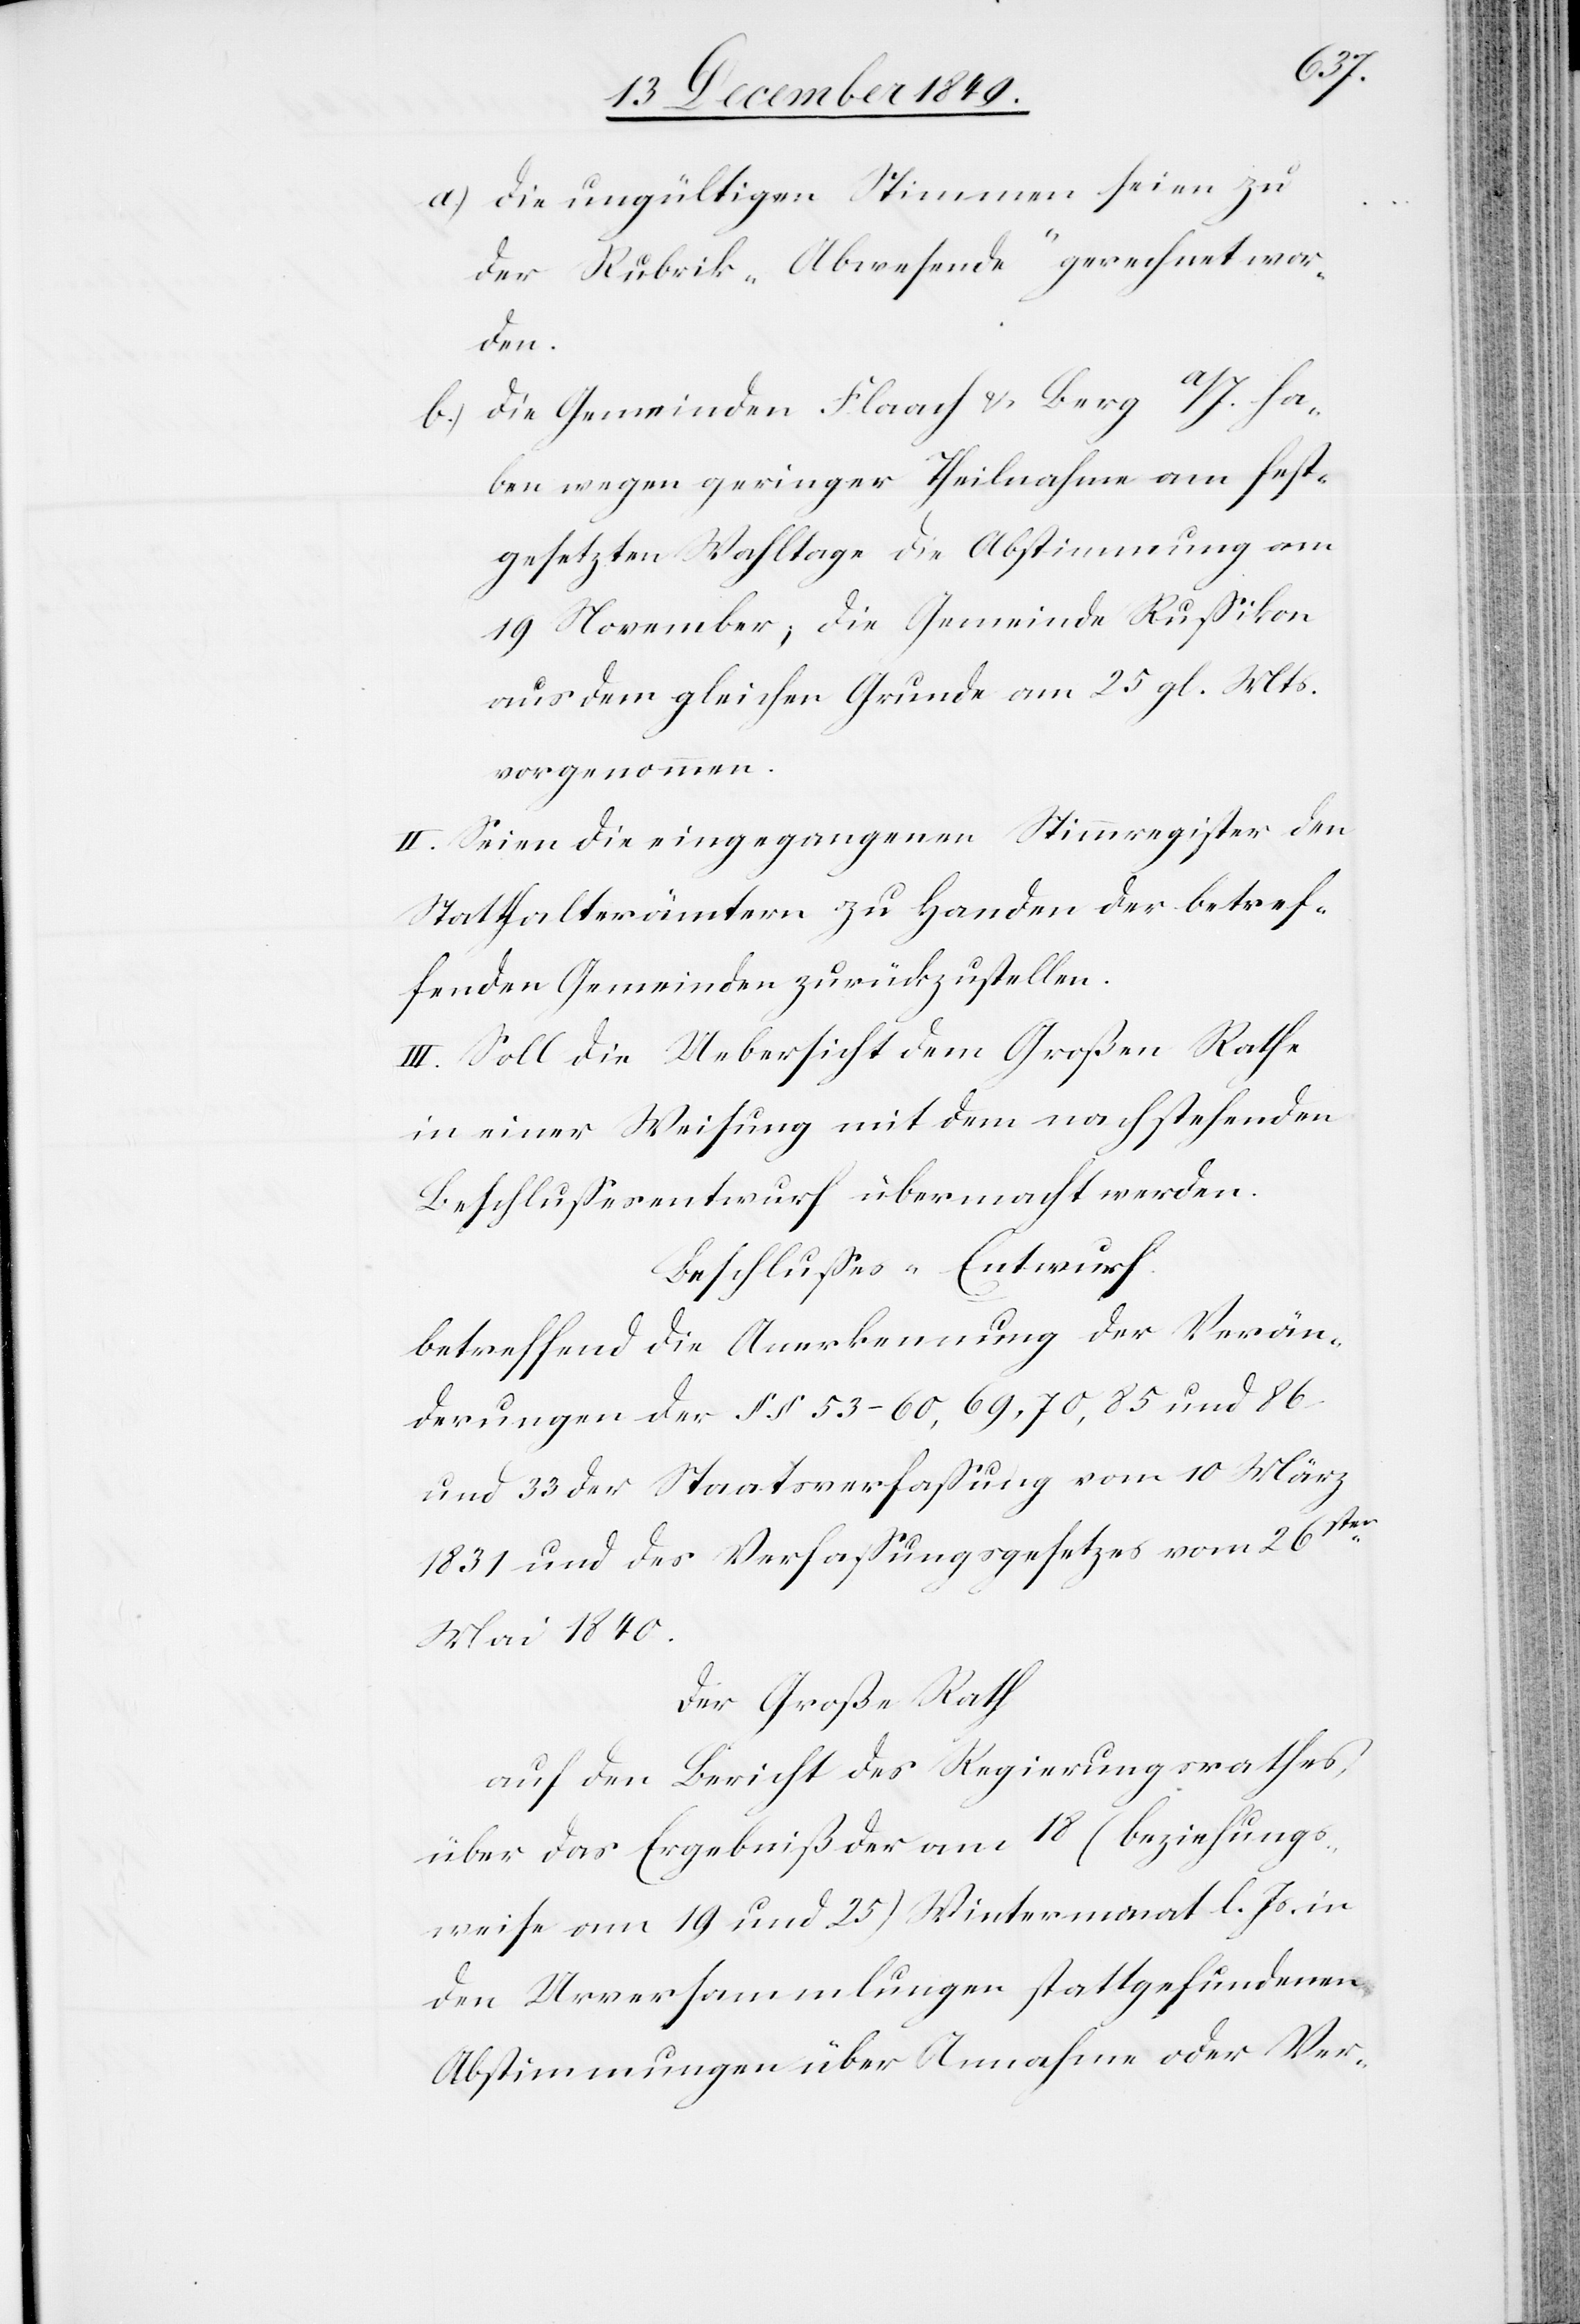
a) die ungültigen Stimmen seien zu
der Rubrik „Abwesende“ gerechnet wor¬
den.
b) die Gemeinden Flaach u. Berg a/I. ha¬
ben wegen geringer Theilnahme am fest¬
gesetzten Wahltage die Abstimmung am
19 November; die Gemeinde Rußikon
aus dem gleichen Grunde am 25 gl. Mts.
vorgenommen.
II. Seien die eingegangenen Stimmregister den
Statthalterämtern zu Handen der betref¬
fenden Gemeinden zurückzustellen.
III. Soll die Uebersicht dem Großen Rathe
in einer Weisung mit dem nachstehenden
Beschlußesentwurf übermacht werden.
Beschlußes-Entwurf.
Betreffend die Anerkennung der Verän¬
derungen der §§ 53–60, 69, 70, 85 und 86
und 33 der Staatsverfaßung vom 10 März
1831 und des Verfaßungsgesetzes vom 26sten
Mai 1840.
Der Große Rath
auf den Bericht des Regierungsrathes
über das Ergebniß der am 18 (beziehungs¬
weise am 19 und 25) Wintermonat l. Js. in
den Urversammlungen stattgefundenen
Abstimmungen über Annahme oder Ver-